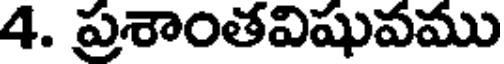
4. ప్రశాంతవిషువము